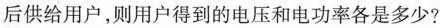
后供给用户，则用户得到的电压和电功率各是多少?